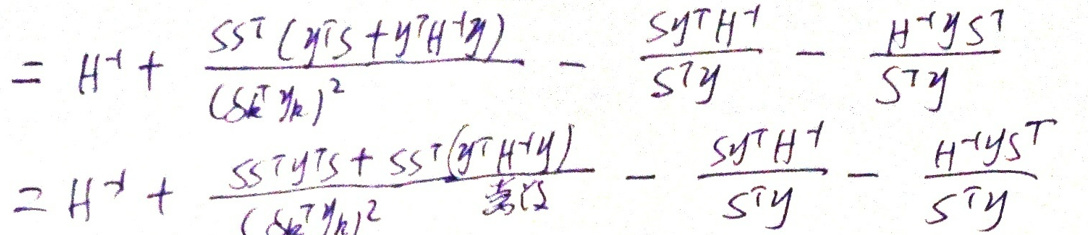
\[
\begin{align*}
&= H^{-1}+\frac{ss^{\top}(y^{\top}s + y^{\top}H^{-1}y)}{(s^{\top}y)^2}-\frac{sy^{\top}H^{-1}}{s^{\top}y}-\frac{H^{-1}ys^{\top}}{s^{\top}y}\\
&= H^{-1}+\frac{ss^{\top}y^{\top}s+ss^{\top}(y^{\top}H^{-1}y)}{(s^{\top}y)^2}-\frac{sy^{\top}H^{-1}}{s^{\top}y}-\frac{H^{-1}ys^{\top}}{s^{\top}y}
\end{align*}
\]